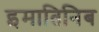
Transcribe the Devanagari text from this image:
इमातिनिब